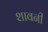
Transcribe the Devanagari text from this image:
शावनी